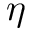
\eta